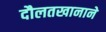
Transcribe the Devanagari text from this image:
दौलतखानाने